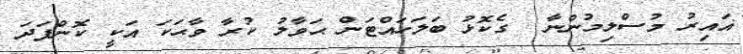
ޣައިރު މުސްލިމުންނާ  ގެކޮޅު ބަލަހައްޓަން ޙަވާލު ކުރާ ވާޙަކަ އަކީ ކޮންފަދަ